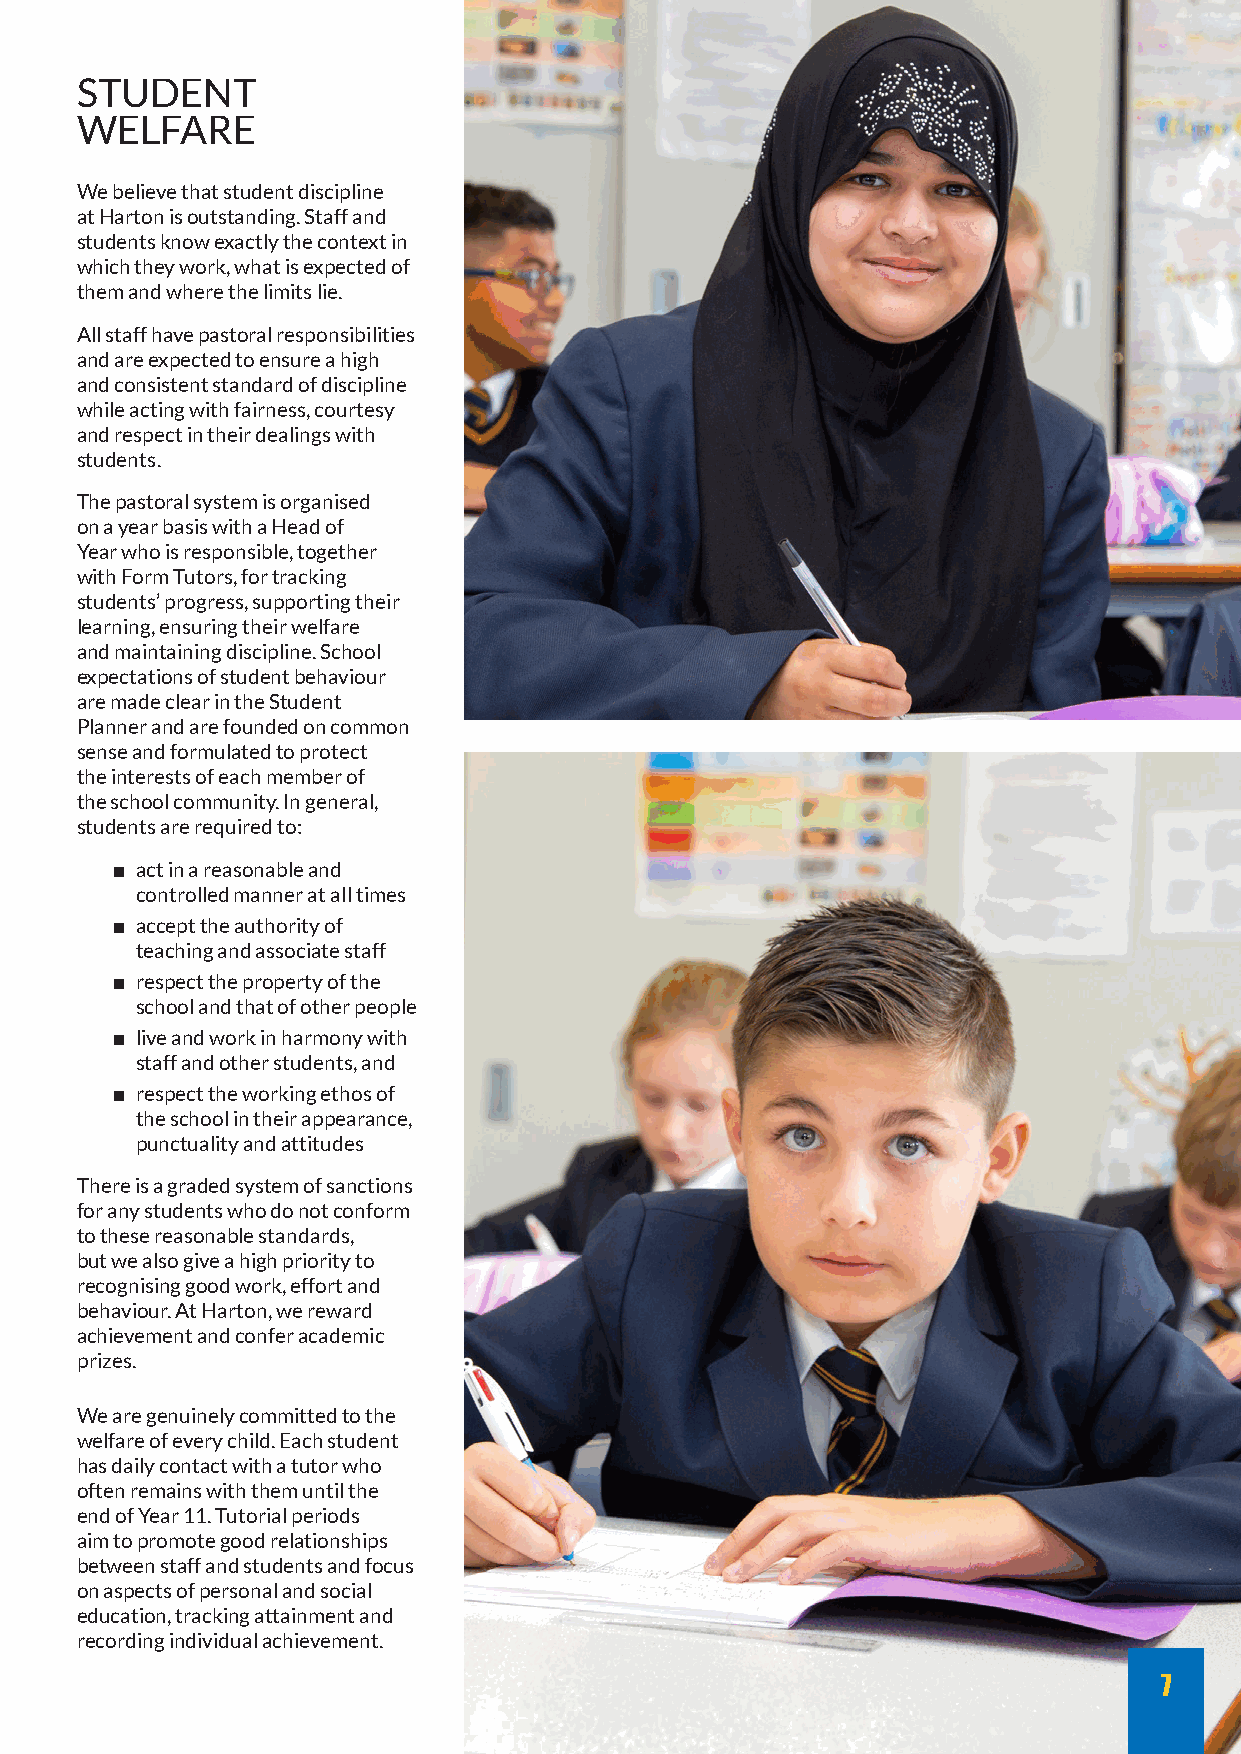
STUDENT
 WELFARE
 We believe that student discipline
 at Harton is outstanding. Staff and
 students know exactly the context in
 which they work, what is expected of
 them and where the limits lie.
 All staff have pastoral responsibilities
 and are expected to ensure a high
 and consistent standard of discipline
 while acting with fairness, courtesy
 and respect in their dealings with
 students.
 The pastoral system is organised
 on a year basis with a Head of
 Year who is responsible, together
 with Form Tutors, for tracking
 students’ progress, supporting their
 learning, ensuring their welfare
 and maintaining discipline. School
 expectations of student behaviour
 are made clear in the Student
 Planner and are founded on common
 sense and formulated to protect
 the interests of each member of
 the school community. In general,
 students are required to:
 ■ act in a reasonable and
 controlled manner at all times
 ■ accept the authority of
 teaching and associate staff
 ■ respect the property of the
 school and that of other people
 ■ live and work in harmony with
 staff and other students, and
 ■ respect the working ethos of
 the school in their appearance,
 punctuality and attitudes
 There is a graded system of sanctions
 for any students who do not conform
 to these reasonable standards,
 but we also give a high priority to
 recognising good work, effort and
 behaviour. At Harton, we reward
 achievement and confer academic
 prizes.
 We are genuinely committed to the
 welfare of every child. Each student
 has daily contact with a tutor who
 often remains with them until the
 end of Year 11. Tutorial periods
 aim to promote good relationships
 between staff and students and focus
 on aspects of personal and social
 education, tracking attainment and
 recording individual achievement.
 7